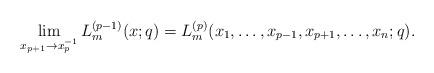
LaTeX: \begin{align*}\lim_{x_{p+1}\to x_p^{-1}} L^{(p-1)}_m(x;q)=L^{(p)}_m(x_1,\dots,x_{p-1},x_{p+1},\dots,x_n;q).\end{align*}